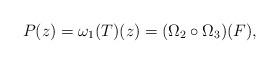
LaTeX: \begin{align*}P(z) = \omega_1 (T)(z) = (\Omega_2 \circ \Omega_3)(F),\end{align*}